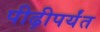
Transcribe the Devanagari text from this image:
पीढ़ीपर्यंत